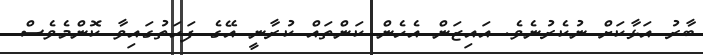
ބާރު އަޅާކަށް ނުކެރުނެވެ. އައިޒަން އެހެން ކަންތައް ކުރާނީ އޭގެ ފަހަތުގައިވާ ކޮންމެވެސް